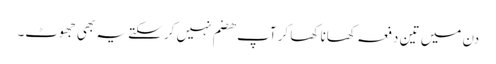
دن میں تین دفعہ کھانا کھا کر آپ ھضم نہیں کر سکتے یہ بھی جھوٹ۔